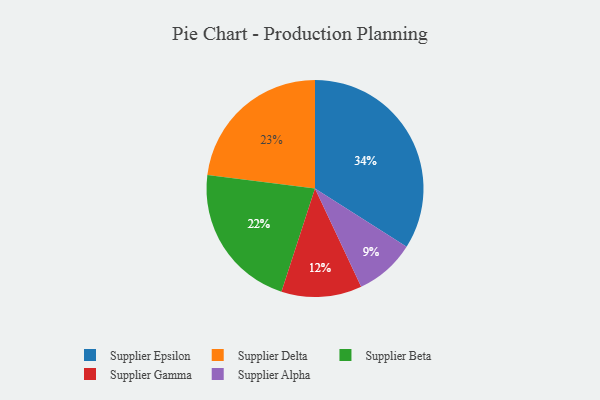
{"axis": {"x": "Category", "y": "Percentage"}, "legend": ["Supplier Alpha", "Supplier Beta", "Supplier Delta", "Supplier Epsilon", "Supplier Gamma"], "data": [{"x": "Supplier Delta", "y": 23, "type": "Supplier Delta"}, {"x": "Supplier Gamma", "y": 12, "type": "Supplier Gamma"}, {"x": "Supplier Epsilon", "y": 34, "type": "Supplier Epsilon"}, {"x": "Supplier Beta", "y": 22, "type": "Supplier Beta"}, {"x": "Supplier Alpha", "y": 9, "type": "Supplier Alpha"}]}